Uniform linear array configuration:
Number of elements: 64
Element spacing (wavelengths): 1
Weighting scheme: blackman
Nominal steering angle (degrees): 0
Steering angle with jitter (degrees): -1.514
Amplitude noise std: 0.05
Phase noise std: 0.05

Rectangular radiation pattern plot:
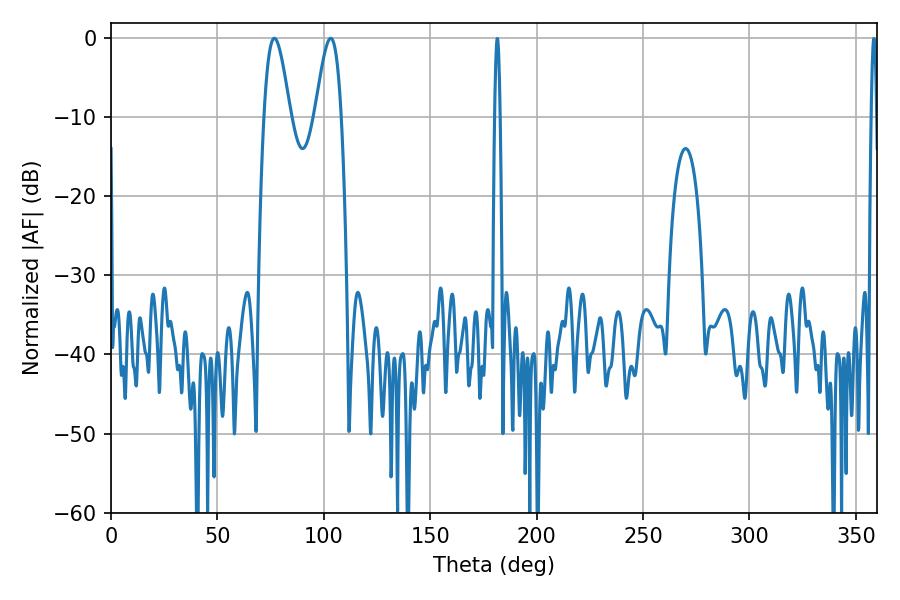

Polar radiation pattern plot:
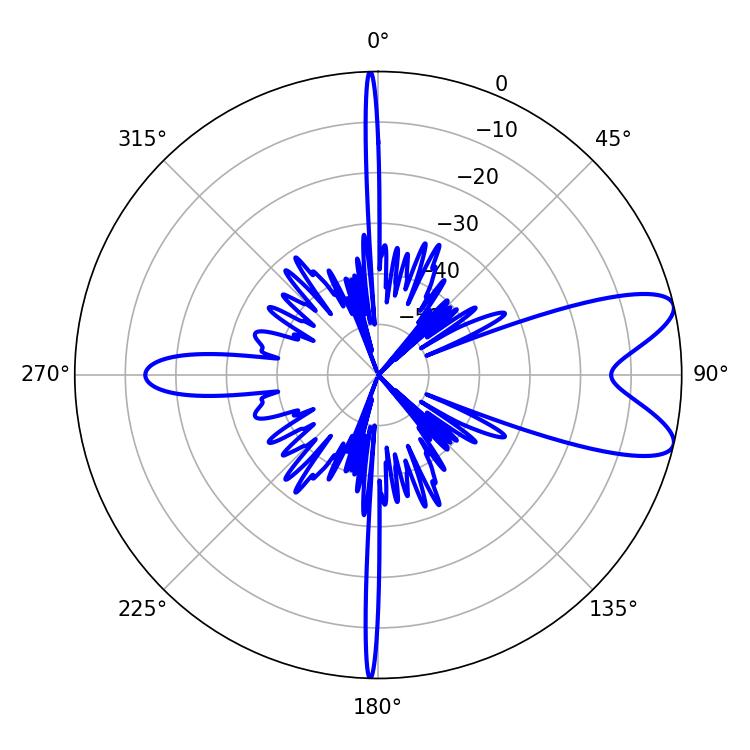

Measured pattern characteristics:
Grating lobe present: TRUE
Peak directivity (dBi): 9.074
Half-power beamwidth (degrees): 6.48
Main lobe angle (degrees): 76.68